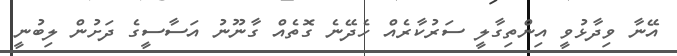
އޭނާ ވިދާޅުވީ އިންތިގާލީ ސަރުކާރެއް ހެދޭނެ ގޮތެއް ގާނޫނު އަސާސީގެ ދަށުން ލިބުނީ